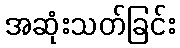
အဆုံးသတ်ခြင်း